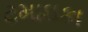
ટમાઇકા